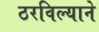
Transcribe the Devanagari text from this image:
ठरविल्याने